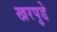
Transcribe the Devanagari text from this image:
खरपुडे